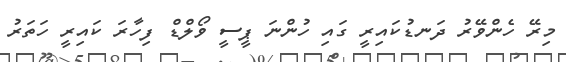
މިރޭ ހެންވޭރު ދަނޑުކައިރީ ގައި ހުންނަ ޕީސީ ވޯލްޑް ފިހާރަ ކައިރީ ހަތަރު